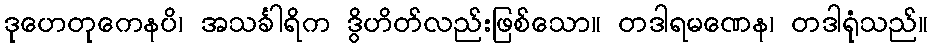
ဒုဟေတုကေနပိ၊ အသင်္ခါရိက ဒွိဟိတ်လည်းဖြစ်သော။ တဒါရမဏေန၊ တဒါရုံသည်။